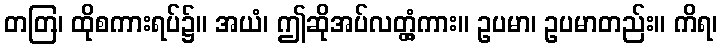
တတြ၊ ထိုစကားရပ်၌။ အယံ၊ ဤဆိုအပ်လတ္တံ့ကား။ ဥပမာ၊ ဥပမာတည်း။ ကိရ၊